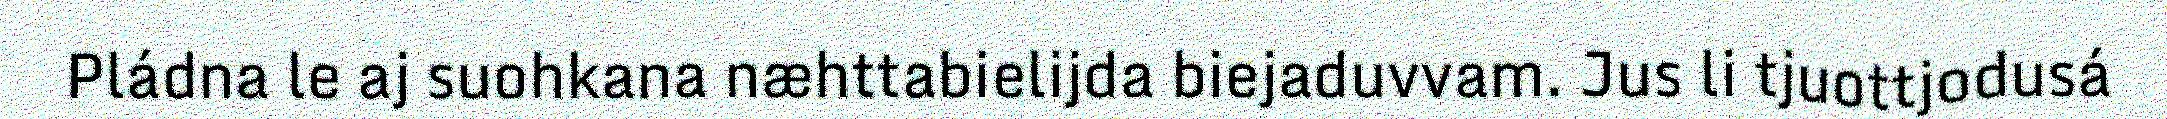
Pládna le aj suohkana næhttabielijda biejaduvvam. Jus li tjuottjodusá